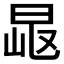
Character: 𣆠